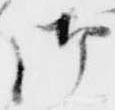
御